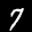
Label: 7